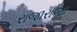
રાજારાજા